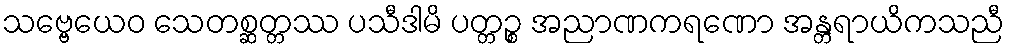
သဗ္ဗေယေဝ သေတစ္ဆတ္တဿ ပသီဒါမိ ပတ္တဉ္စ အညာဏကရဏော အန္တရာယိကသညီ